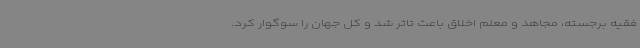
فقیه برجسته، مجاهد و معلم اخلاق باعث تاثر شد و کل جهان را سوگوار کرد.